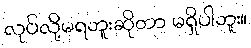
လုပ်လို့မရဘူးဆိုတာ မရှိပါဘူး။